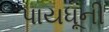
પાયધૂની